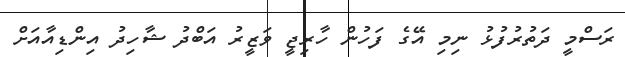
ރަސްމީ ދަތުރުފުޅު ނިމި އޭގެ ފަހުން ހާރިޖީ ވަޒީރު އަބްދު ޝާހިދު އިންޑިއާއަށް